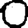
Digit: 0